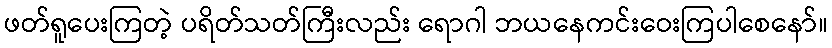
ဖတ်ရူပေးကြတဲ့ ပရိတ်သတ်ကြီးလည်း ရောဂါ ဘယနေကင်းဝေးကြပါစေနော်။